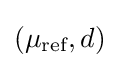
(\mu _{\text{ref}},d)